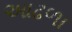
આઢળા